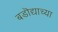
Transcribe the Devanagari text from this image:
बडॊद्याच्या